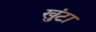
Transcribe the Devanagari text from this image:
खुंटा